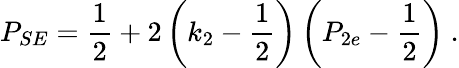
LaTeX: P_{SE}={\frac{1}{2}}+2\left(k_{2}-{\frac{1}{2}}\right)\left(P_{2e}-{\frac{1}{2}}\right)\ .